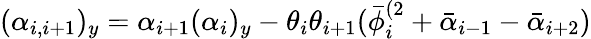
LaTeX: (\alpha_{i,i+1})_{y}=\alpha_{i+1}(\alpha_{i})_{y}-\theta_{i}\theta_{i+1}(\bar{\phi}_{i}^{(2}+\bar{\alpha}_{i-1}-\bar{\alpha}_{i+2})